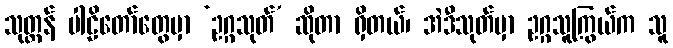
သုတ္တန် ပါဠိတော်တွေမှာ ‘ဥဂ္ဂသုတ်’ ဆိုတာ ရှိတယ်၊ အဲဒီသုတ်မှာ ဥဂ္ဂသူကြွယ်က သူ